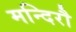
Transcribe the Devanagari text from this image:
मन्दिरौ